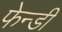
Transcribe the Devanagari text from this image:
फेन्डी